Madras plague regulations and rules for district municipalities and other towns and villages
Disease focus: Plague
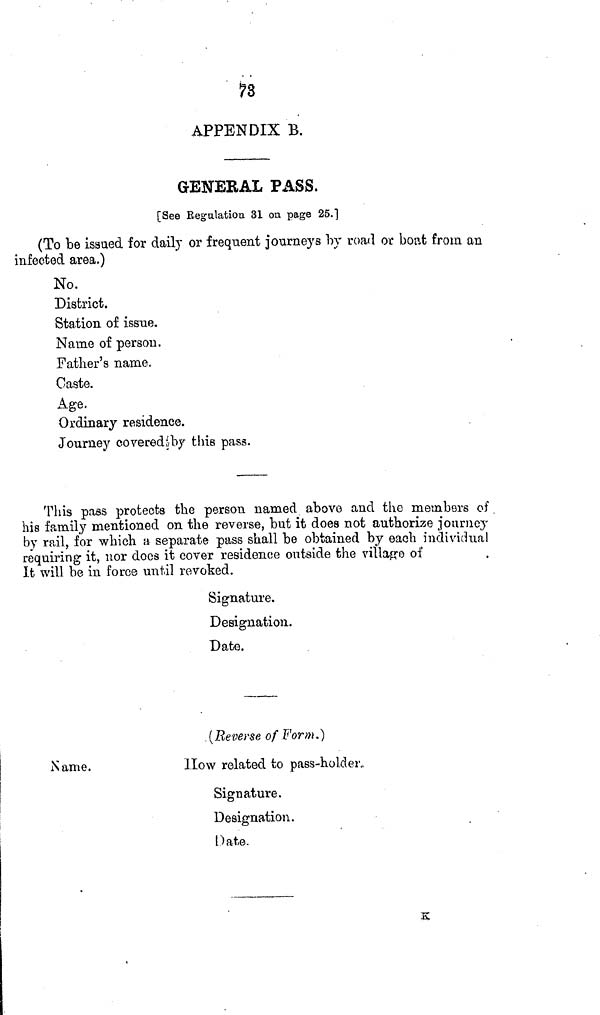
78
APPENDIX B.
GENERAL PASS,
[See Regulation 31 on page 25.]
(To be issued for daily or frequent journeys by road or boat from an
infected area.)
No.
District.
Station of issue.
Name of person.
Father's name.
Caste.
Age.
Ordinary residence.
Journey covered by this pass.
This pass protects the person named abovo and the members of
his family mentioned on the reverse, but it does not authorize journey
by rail, for which a separate pass shall be obtained by each individual
requiring it, nor docs it cover residence outside the village of
It will be in force until revoked.
Signature.
Designation.
Date.
(Reverse of Form.}
Name.
How related to pass-holder.
Signature.
Designation.
Date.
K